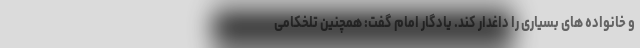
و خانواده های بسیاری را داغدار کند. یادگار امام گفت: همچنین تلخکامی